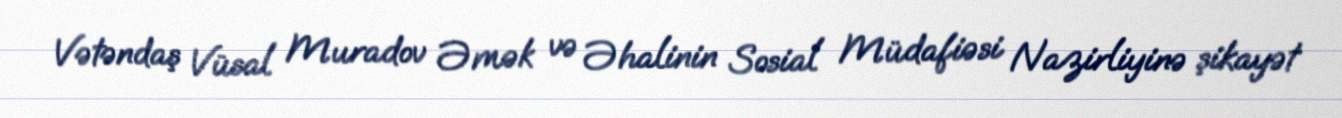
Vətəndaş Vüsal Muradov Əmək və Əhalinin Sosial Müdafiəsi Nazirliyinə şikayət